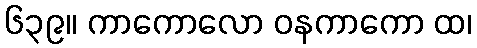
၆၃၉။ ကာကောလော ဝနကာကော ထ၊